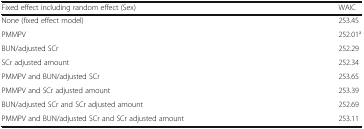
<table><thead><tr><td><b>Fixed effect including random effect (Sex)</b></td><td><b>WAIC</b></td></tr></thead><tbody><tr><td>None (fixed effect model)</td><td>253.45</td></tr><tr><td>PMMPV</td><td>252.01<sup>a</sup></td></tr><tr><td>BUN/adjusted SCr</td><td>252.29</td></tr><tr><td>SCr adjusted amount</td><td>252.34</td></tr><tr><td>PMMPV and BUN/adjusted SCr</td><td>253.65</td></tr><tr><td>PMMPV and SCr adjusted amount</td><td>253.39</td></tr><tr><td>BUN/adjusted SCr and SCr adjusted amount</td><td>252.69</td></tr><tr><td>PMMPV and BUN/adjusted SCr and SCr adjusted amount</td><td>253.11</td></tr></tbody></table>